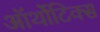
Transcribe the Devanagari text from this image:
ऑर्थोटिक्स